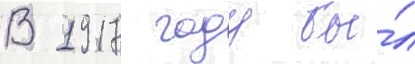
В 1917 году бы́л